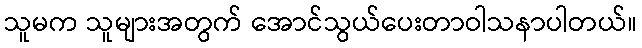
သူမက သူများအတွက် အောင်သွယ်ပေးတာဝါသနာပါတယ်။